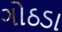
ગોઠડા